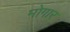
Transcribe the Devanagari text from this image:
मोगार